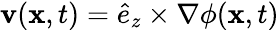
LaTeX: \mathbf{v}(\mathbf{x},t)=\hat{e}_{z}\times\nabla\phi(\mathbf{x},t)